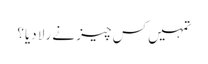
تمہیں کس چیز نے رلا دیا؟